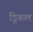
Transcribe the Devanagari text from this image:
ट्विकल